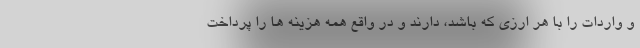
و واردات را با هر ارزی که باشد، دارند و در واقع همه هزینه ها را پرداخت